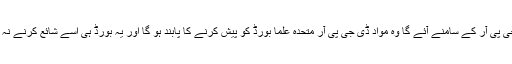
مذہب سے متعلق جو بھی کتابی مواد ڈی جی پی آر کے سامنے آئے گا وہ مواد ڈی جی پی آر متحدہ علما بورڈ کو پیش کرنے کا پابند ہو گا اور یہ بورڈ ہی اسے شائع کرنے نہ کرنے کے بارے میں حتمی رائے دے گا۔